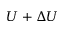
U + \Delta U